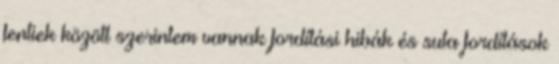
fentiek között szerintem vannak fordítási hibák és suta fordítások